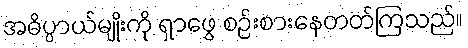
အဓိပ္ပာယ်မျိုးကို ရှာဖွေ စဉ်းစားနေတတ်ကြသည်။